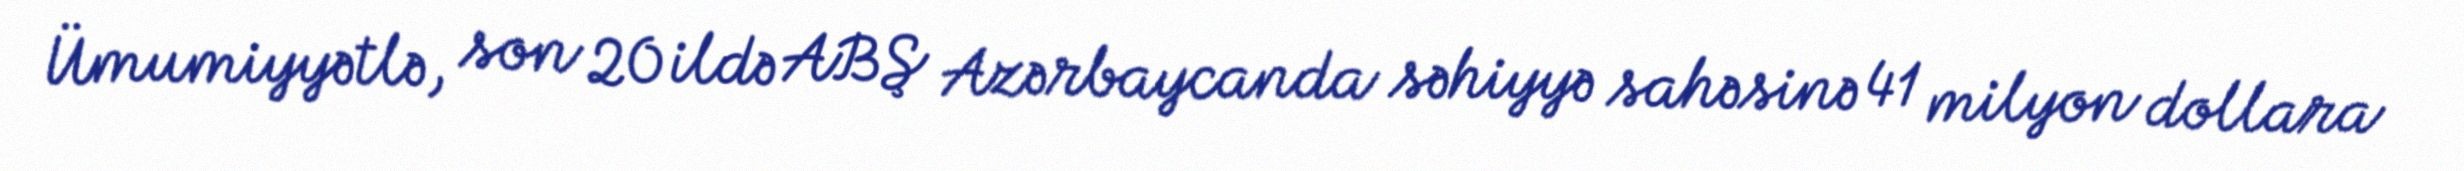
Ümumiyyətlə, son 20 ildə ABŞ Azərbaycanda səhiyyə sahəsinə 41 milyon dollara